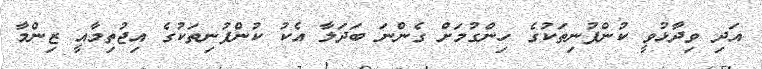
އަދި ވިދާޅުވީ ކުންފުނިތަކުގެ ހިންގުމަށް ގެންނަ ބަދަލާ އެކު ކުންފުނިތަކުގެ އިޖުތިމާއީ ޒިންމާ